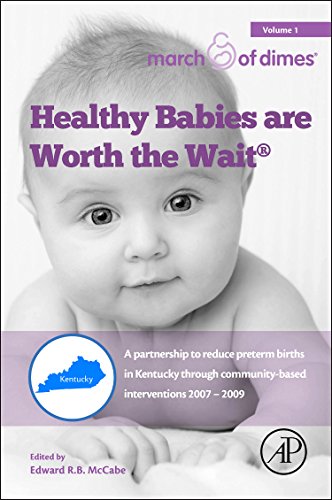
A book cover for Healthy Babies Are Worth The Wait: A Partnership to Reduce Preterm Births in Kentucky through Community-based Interventions 2007 - 2009; Medical Books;